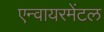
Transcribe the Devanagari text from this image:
एन्वायरमेंटल